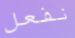
نفعل